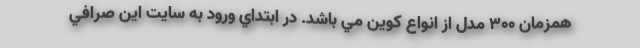
همزمان 300 مدل از انواع كوين مي باشد. در ابتداي ورود به سايت اين صرافي